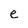
Character: e